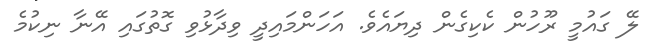
ލޭ ގައުމީ ރޫހުން ކެކިގެން ދިޔައެވެ. އަހަންމައިދީ ވިދާޅުވި ގޮތުގައި އޭނާ ނިކުމެ